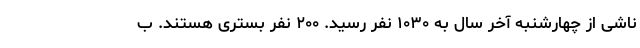
ناشی از چهارشنبه آخر سال به ۱۰۳۰ نفر رسید. ۲۰۰ نفر بستری هستند. ب